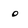
Character: o